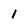
Character: 1